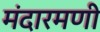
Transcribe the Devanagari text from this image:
मंदारमणी